Annual statistical returns and brief notes on vaccination in Bengal - 1909-1929
Year: 1909
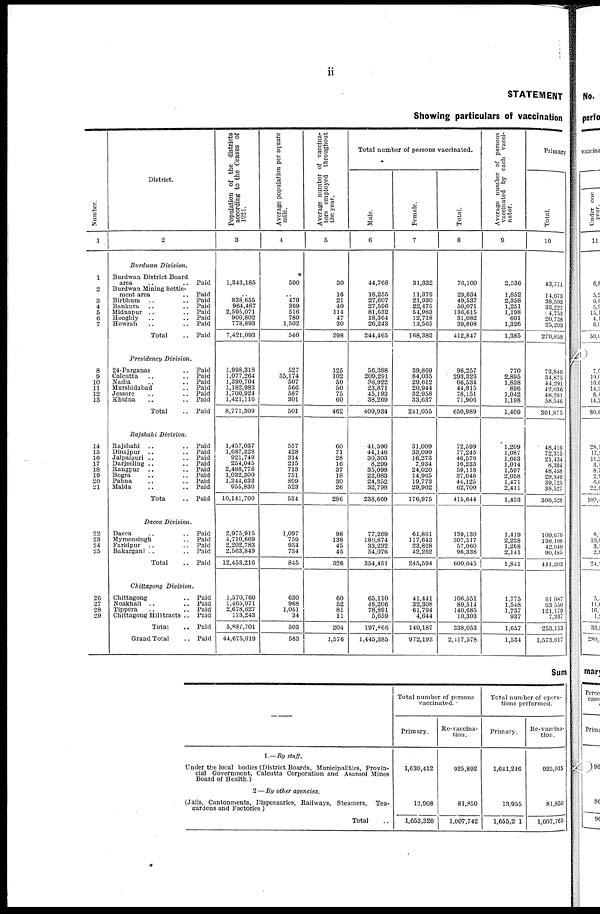
ii
STATEMENT
Showing particulars of vaccination
Number.
1
1
2
3
4
5
6
7
8
9
10
11
12
13
14
15
16
17
18
19
20
21
22
23
24
25
26
27
28
29
District.
2
Burdwan Division.
Burdwan District Board
area .. ..
Burdwan Mining Settle-
ment area .. ..
Birbhum .. ..
Bankura .. ..
Midnapur .. ..
Hooghly .. ..
Howrah .. ..
Total ..
Paid
Paid
Paid
Paid
Paid
Paid
Paid
Paid
Presidency Division.
24-Parganas ..
Calcutta .. ..
Nadia .. ..
Murshidabad ..
Jessore .. ..
Khulna .. ..
Total ..
Paid
Paid
Paid
Paid
Paid
Paid
Paid
Rajshahi Division.
Rajshahi .. ..
Dinajpur .. ..
Jalpaiguri .. ..
Darjeeling .. ..
Rangpur .. ..
Bogra .. ..
Pabna .. ..
Malda .. ..
Total ..
Paid
Paid
Paid
Paid
Paid
Paid
Paid
Paid
Paid
Dacca Division.
Dacca .. ..
Mymensingh .. ..
Faridpur .. ..
Bakarganj .. ..
Total ..
Paid
Paid
Paid
Paid
Paid
Chittagong Division.
Chittagong ..
Noakhali .. ..
Tippera .. ..
Chittagong Hill tracts ..
Total ..
Grand Total ..
Paid
Paid
Paid
Paid
Paid
Paid
Population of the districts
according to the Census of
1921.
3
1,343,185
..
838,655
964,487
2,595,071
900,802
778,893
7,421,093
1,998,318
1,077,264
1,390,704
1,182,983
1,700,924
1,421,116
8,771,309
1,457,037
1,687,328
921,749
254,045
2,488,778
1,032,300
1,344,633
955,830
10,141,700
2,975,915
4,710,669
2,202,783
2,563,849
12,453,216
1,570,760
1,465,071
2,678,627
173,243
5,887,701
44,675,019
Average population per square
mile.
4
500
..
479
369
516
780
1,502
540
527
35,174
507
566
587
301
501
557
428
314
215
713
751
809
523
534
1,097
759
934
734
845
630
968
1,051
34
503
583
Average number of vaccina-
tors employed throughout
the year.
5
30
16
21
40
114
47
30
298
125
102
50
50
75
60
462
60
71
28
16
37
18
30
26
286
98
138
45
45
326
60
52
81
11
204
1,576
Total number of persons vaccinated.
Male.
6
44,768
18,255
27,607
27,596
81,632
18,364
26,243
244,465
56,388
209,291
36,922
23,871
45,193
38,269
409,934
41,590
44,146
30,303
8,299
35,098
22,083
24,352
32,798
238,669
77,269
189,874
33,232
54,076
354,451
65,110
48,206
78,891
5,659
197,866
1,445,385
Female.
7
31,332
11,379
21,930
22,475
54,983
12,718
13,565
108,382
39,869
84,035
29,612
20,944
32,958
33,637
241,055
31,009
33,099
16,273
7,934
24,020
14,965
19,773
29,902
176,975
61,861
117,643
23,828
42,262
245,594
41,441
32,308
61,794
4,044
140,187
972,193
Total.
8
76,100
29,634
49,537
50,071
136,615
31,082
39,808
412,847
96,257
293,326
66,534
44,815
78,151
71,906
650,989
72,599
77,245
46,576
16,233
59,118
37,048
44,125
62,700
415,644
139,130
307,517
57,060
96,338
600,045
106,551
80,514
140,685
10,303
338,053
2,117,578
Average number of persons
vaccinated by each vacci-
nator.
9
2,536
1,852
2,358
1,251
1,198
601
1,326
1,385
770
2,895
1,838
896
1,042
1,198
1,409
1,209
1,087
1,663
1,014
1,597
2,058
1,471
2,411
1,453
1,419
2,228
1,268
2,141
1,841
1,775
1,548
1,737
937
1,657
1,534
Primary
Total.
10
43,771
14,673
38,503
33,227
94,753
20,728
25,203
270,858
73,846
34,875
44,291
42,036
48,281
58,546
301,875
48,416
72,315
21,434
8,304
48,458
29 349
39,725
38,527
306,528
109,670
198,108
42,940
90,485
441,203
61 087
63 550
121,179
7,337
253,153
1,573,617
Sum
1.—By staff.
Under the local bodies (District Boards, Municipalities, Provin-
cial Government, Calcutta Corporation and Asansol Mines
Board of Health.)
2 —By other agencies.
(Jails, Cantonments, Dispensaries, Railways, Steamers, Tea-
gardens and Factories)
Total ..
Total number of persons
vaccinated.
Primary.
1,639,412
13,908
1,053,320
Re-vaccina¬
tion.
925,892
81,850
1,007,742
Total number of opera-
tions performed.
Primary.
1,641,246
13,955
1,655,2 1
Re-vaccina-
tion.
925,915
81,850
1,007,765